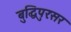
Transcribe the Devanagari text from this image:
बुद्धिपुरःसर